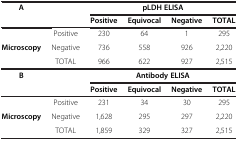
| A |  | <COLSPAN=4> pLDH ELISA |
 |  |  | Positive | Equivocal | Negative | TOTAL |
 | --- | --- | --- | --- | --- | --- |
 |  | Positive | 230 | 64 | 1 | 295 |
 | Microscopy | Negative | 736 | 558 | 926 | 2,220 |
 |  | TOTAL | 966 | 622 | 927 | 2,515 |
 | B |  | <COLSPAN=4> Antibody ELISA |
 |  |  | Positive | Equivocal | Negative | TOTAL |
 |  | Positive | 231 | 34 | 30 | 295 |
 | Microscopy | Negative | 1,628 | 295 | 297 | 2,220 |
 |  | TOTAL | 1,859 | 329 | 327 | 2,515 |